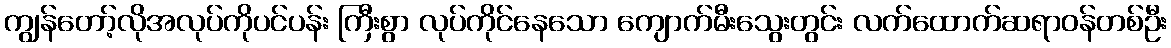
ကျွန်တော့်လိုအလုပ်ကိုပင်ပန်း ကြီးစွာ လုပ်ကိုင်နေသော ကျောက်မီးသွေးတွင်း လက်ထောက်ဆရာဝန်တစ်ဦး